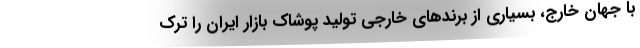
با جهان خارج، بسیاری از برندهای خارجی تولید پوشاک بازار ایران را ترک